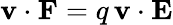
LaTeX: \mathbf{v}\cdot\mathbf{F}=q\, \mathbf{v}\cdot\mathbf{E}